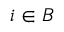
i \in { \cal B }